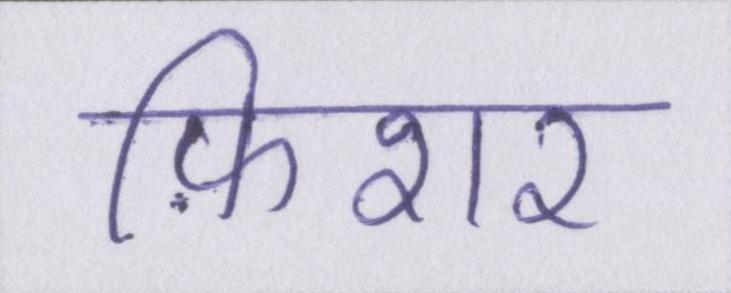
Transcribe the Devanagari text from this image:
फ़िशर